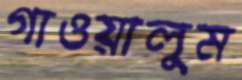
গাওয়ালুম